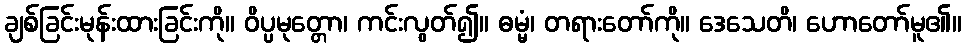
ချစ်ခြင်းမုန်းထားခြင်းကို။ ဝိပ္ပမုတ္တော၊ ကင်းလွတ်၍။ ဓမ္မံ၊ တရားတော်ကို။ ဒေသေတိ၊ ဟောတော်မူ၏။